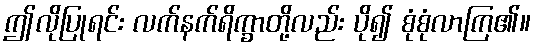
ဤလိုပြုရင်း လက်နက်ရိက္ခာတို့လည်း ပို၍ စုံစုံလာကြ၏။